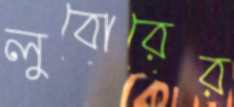
লুবোরের